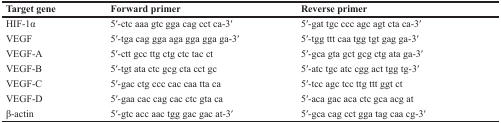
<table><thead><tr><td><b>Target gene</b></td><td><b>Forward primer</b></td><td><b>Reverse primer</b></td></tr></thead><tbody><tr><td>HIF-1α</td><td>5′-ctc aaa gtc gga cag cct ca-3′</td><td>5′-gat tgc ccc agc agt cta ca-3′</td></tr><tr><td>VEGF</td><td>5′-tga cag gga aga gga gga ga-3′</td><td>5′-tgg ttt caa tgg tgt gag ga-3′</td></tr><tr><td>VEGF-A</td><td>5′-ctt gcc ttg ctg ctc tac ct</td><td>5′-gca gta gct gcg ctg ata ga-3′</td></tr><tr><td>VEGF-B</td><td>5′-tgt ata ctc gcg cta cct gc</td><td>5′-atc tgc atc cgg act tgg tg-3′</td></tr><tr><td>VEGF-C</td><td>5′-gac ctg ccc cac caa tta ca</td><td>5′-tcc agc tcc ttg ttt ggt ct</td></tr><tr><td>VEGF-D</td><td>5′-gaa cac cag cac ctc gta ca</td><td>5′-aca gac aca ctc gca acg at</td></tr><tr><td>β-actin</td><td>5′-gtc acc aac tgg gac gac at-3′</td><td>5′-gca cag cct gga tag caa cg-3′</td></tr></tbody></table>